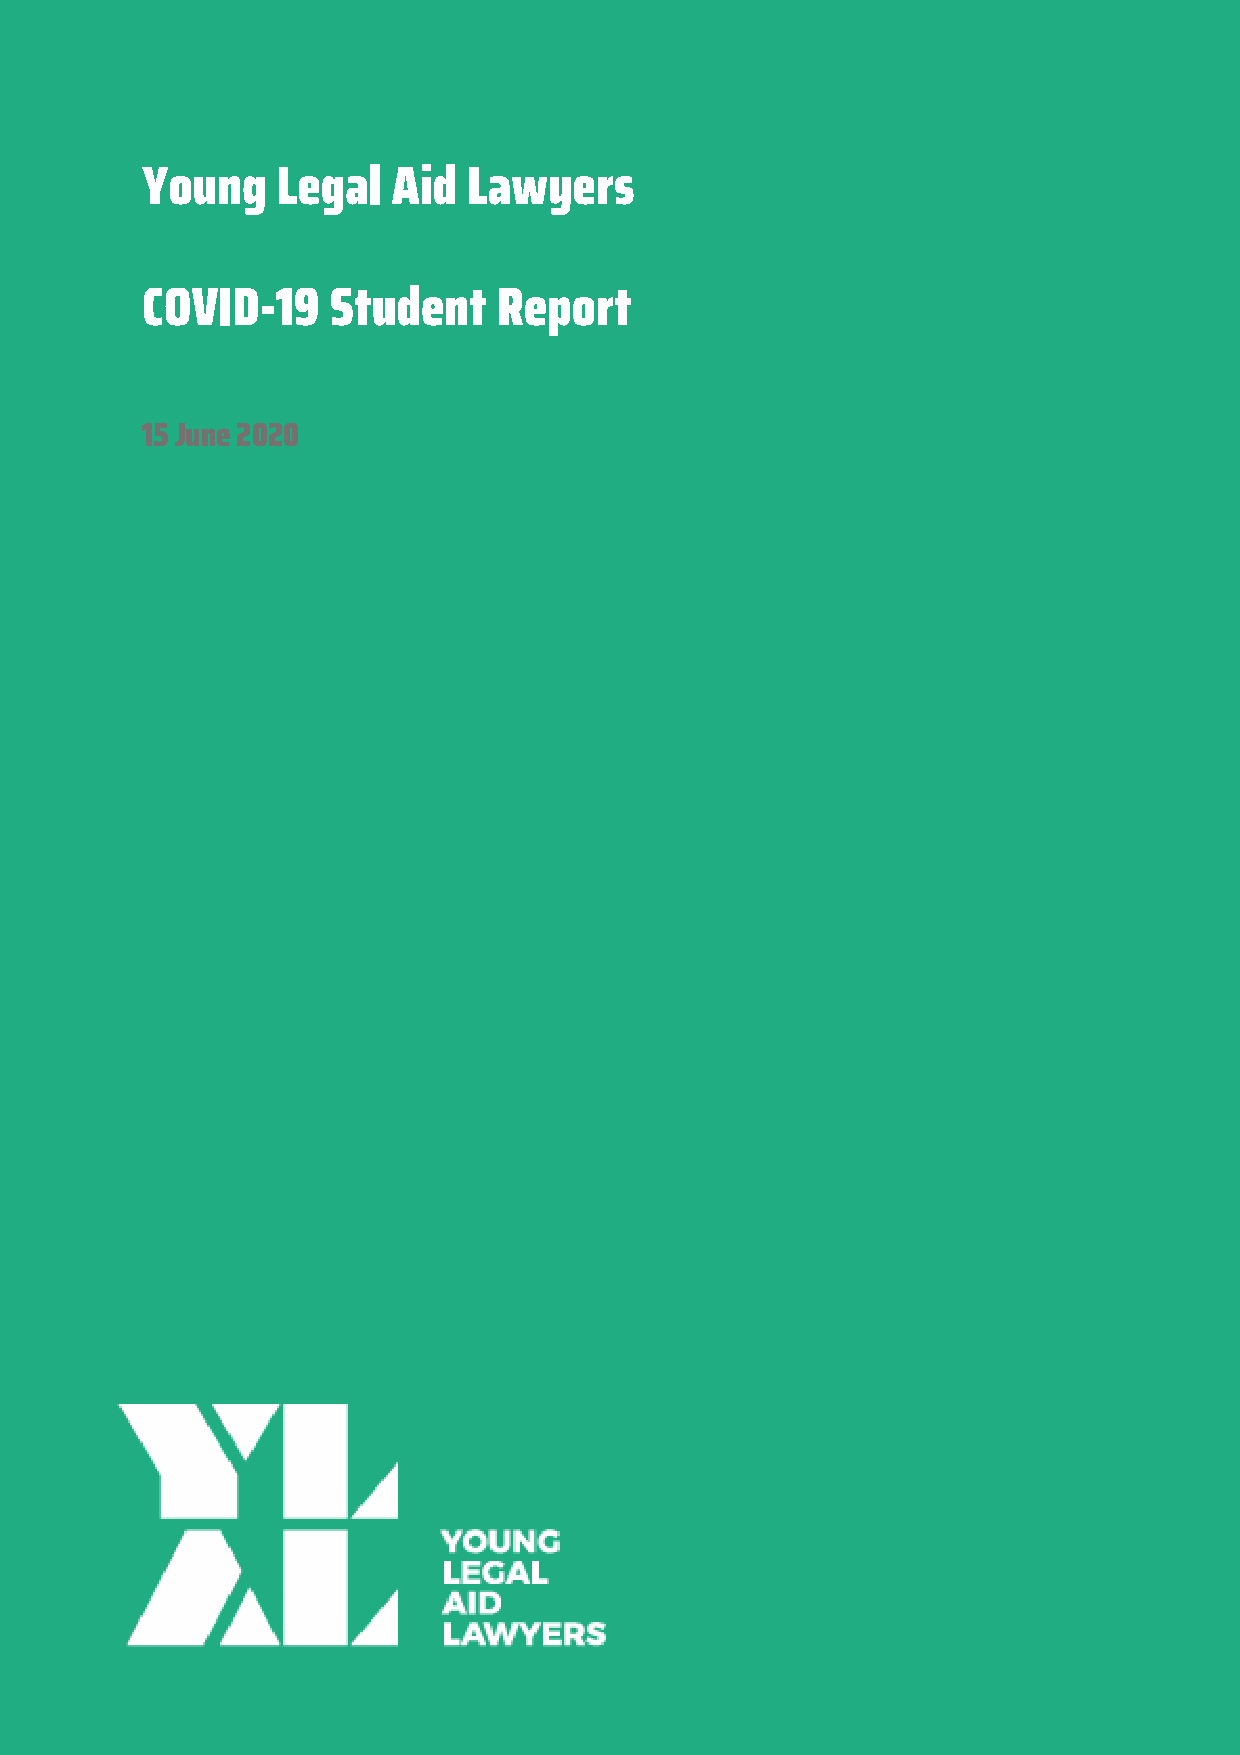
Young    Legal   Aid  Lawyers
 COVID-19     Student    Report
 15 June 2020